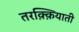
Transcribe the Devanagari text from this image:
तरक़्क़ियाती